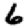
Digit: 6